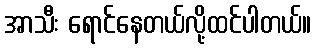
အာသီး ရောင်နေတယ်လို့ထင်ပါတယ်။